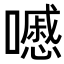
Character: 𡂔